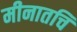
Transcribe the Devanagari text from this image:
मीनातचि